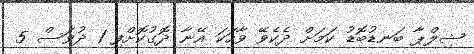
ޝިލްޕާ ބަނޑުބޮޑު ކަމަށް ދެކެވޭ ވާހަކަ އޭނާ ދޮގުކޮށްފި 1 ދުވަސް 5